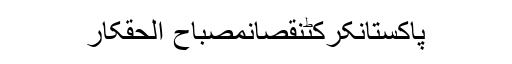
پاکستانکرکٹنقصانمصباح الحقکار